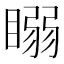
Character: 𥉧